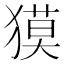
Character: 獏